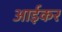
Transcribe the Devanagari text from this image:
आईकर